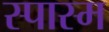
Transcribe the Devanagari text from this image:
स्पास्म